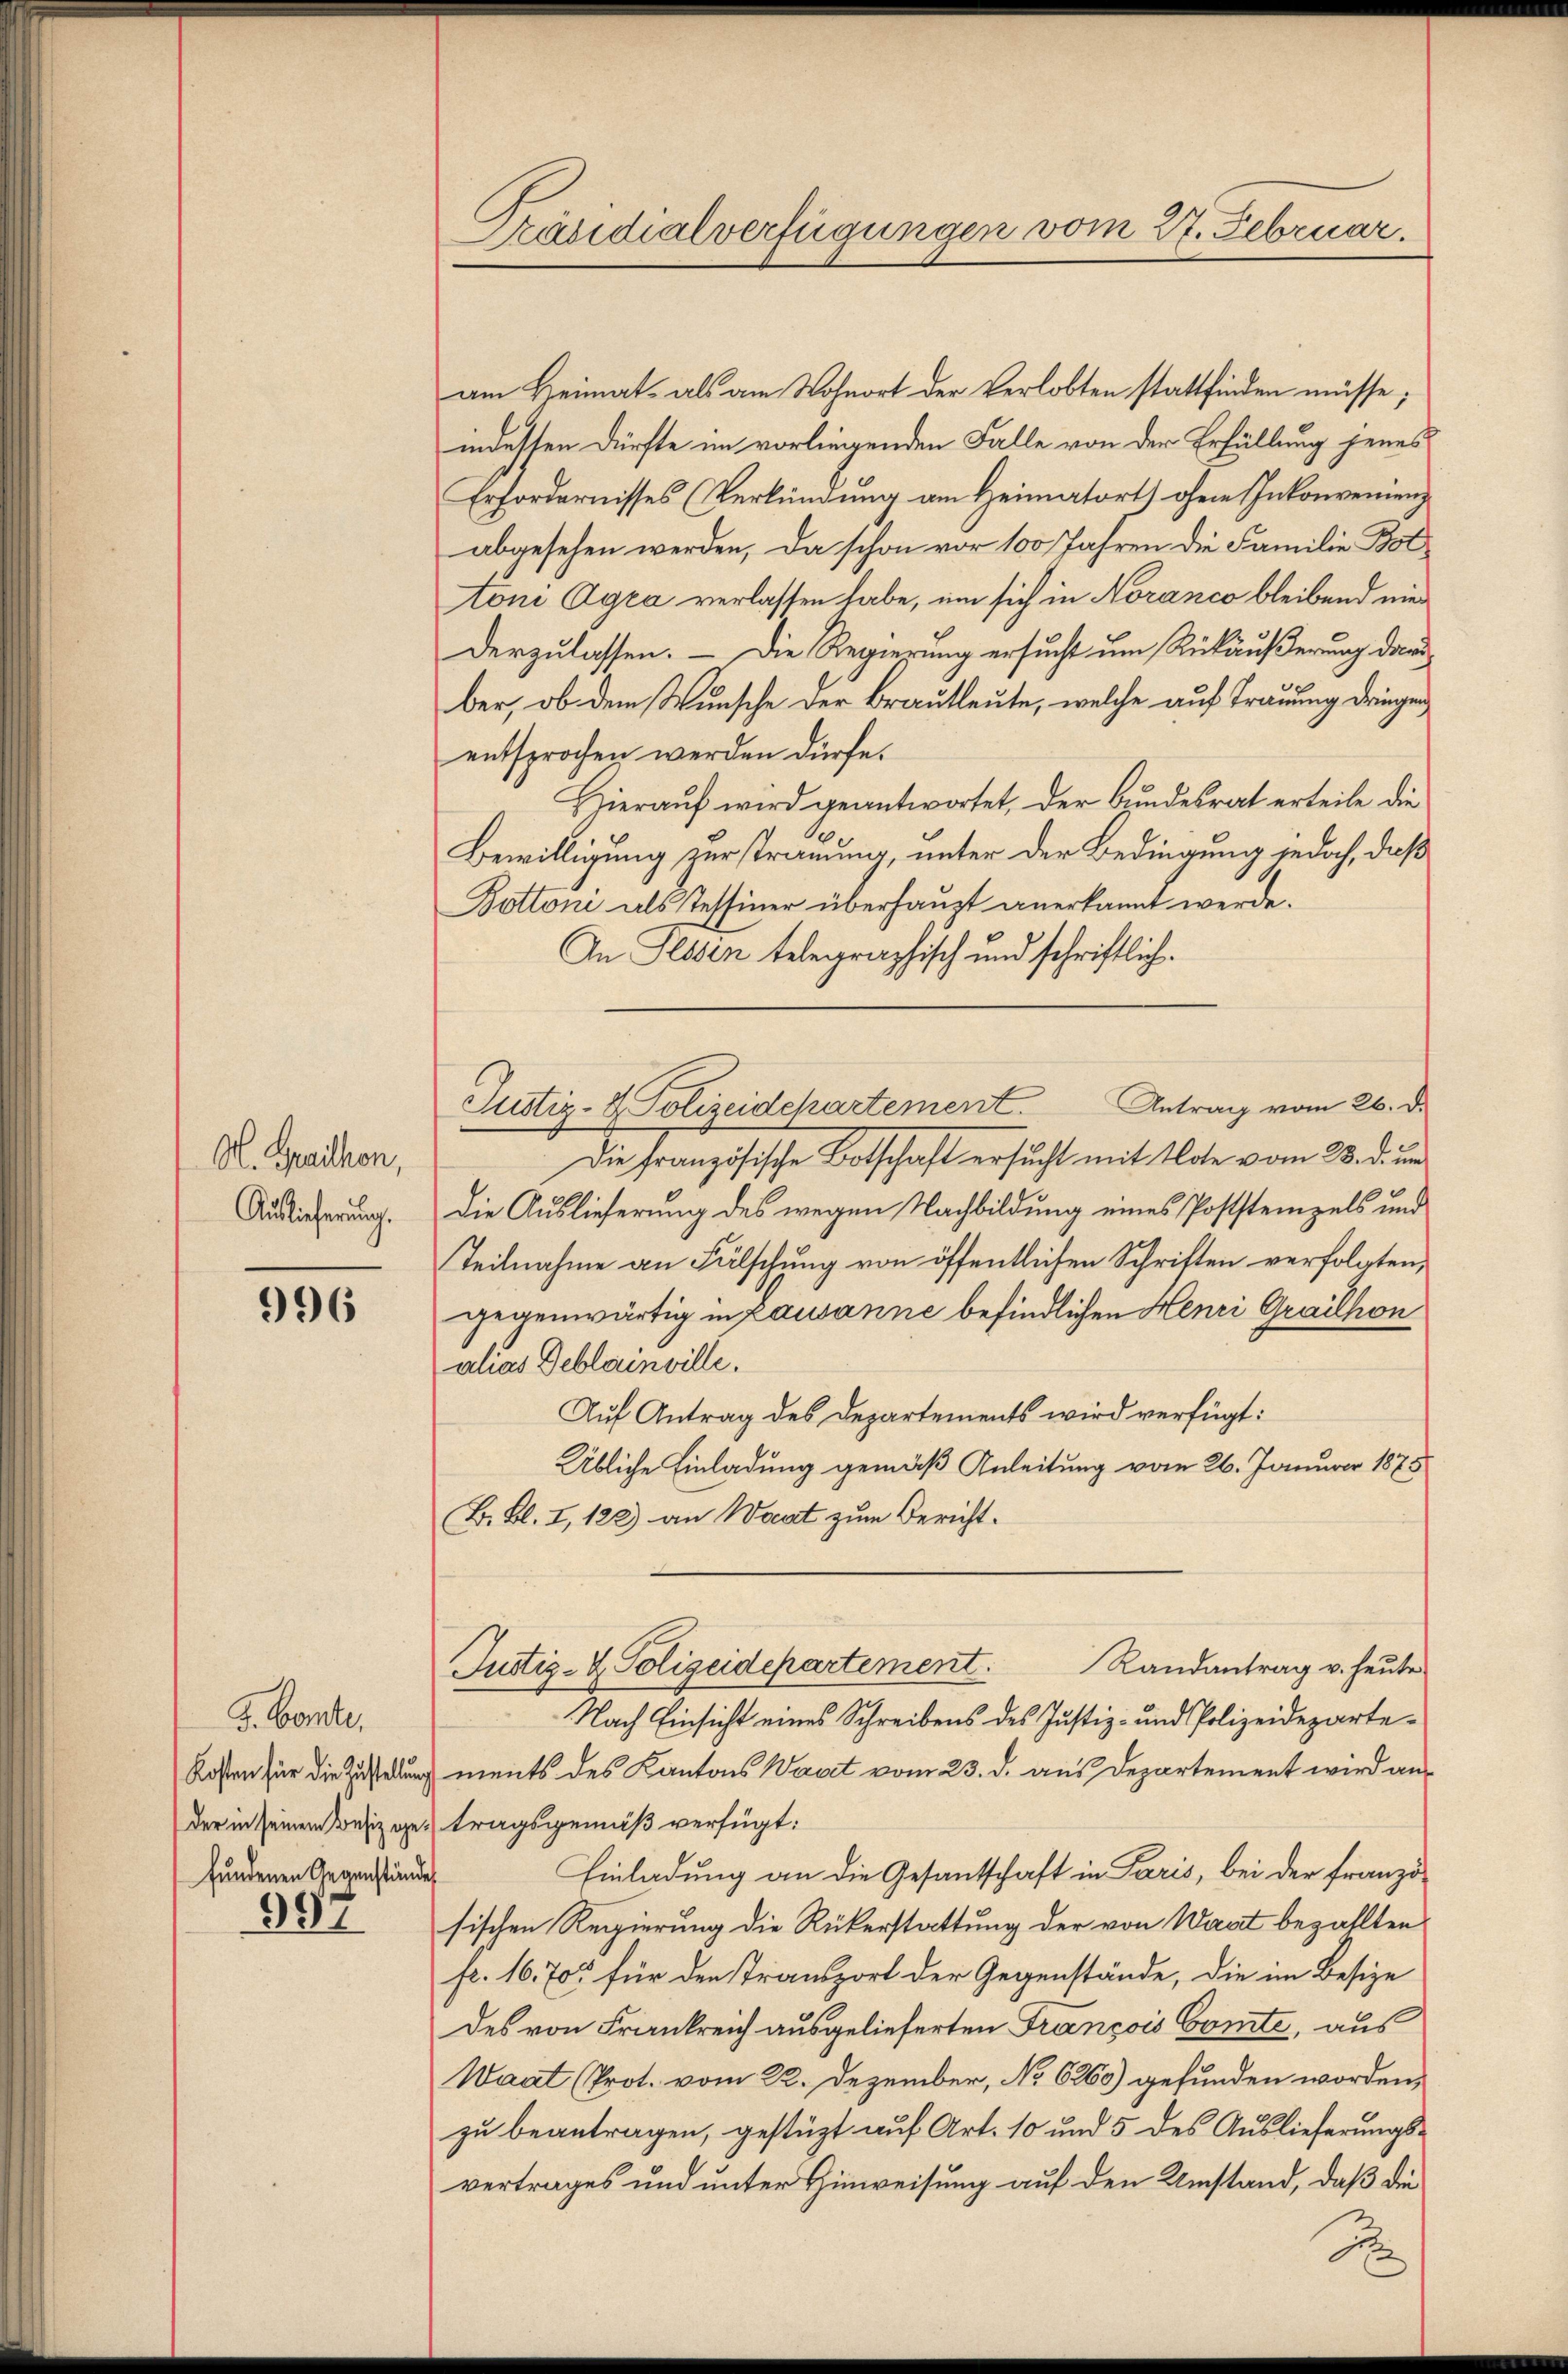
A. Graillon,
Auslieferung.

996

G. Comte.
Kosten für die Zustellung
der in seinem Besizege
fundenen Gegenständ

991

Präsidialverfügungen vom 27. Februar.

am Heimat, als am Wohnort der Verlobten stattfinden müsse;
indessen dürfte im vorliegenden Falle von der Erfüllung jenes
Erfordernisses (Verkündung am Heimatort) ohne Inkonvenienz
abgesehen werden, da schon vor 100 Jahren die Familie Bottoni Agra verlassen habe, um sich in Noranco bleibend mei
derzulassen. — Die Regierung ersucht um Rückäußerung darber, ob dem Wunsche der Brautleute, welche auf Trauung dringen
entsprochen werden dürfe.
Hieraŭf wird geantwortet, der Bundesrat erteile die
Bewilligung zur strauung, unter der Bedingung jedoch, daß
Bottoni als Tessiner überhaupt anerkannt werde.
An Plesen telegraphisch und schriftlich.
Die Französische Botschaft ersucht mit Note vom 28. d. un
Die Auslieferung des wegen Nachbildung eines Poststempels und
Teilnahme an Fälschung von öffentlichen Schriften verfolgten,
gegenwärtig in Lausanne befindlichen Henri Grailhon
alias Deblainville.
Auf Antrag des Departements wird verfügt:
Übliche Einladung gemäß Anleitung vom 26. Januar 1878
B. Bl. I, 122) an Waat zum Bericht¬
Justiz- & Polizeidepartement. Randantrag v. heŭte
Nach Einsicht eines Schreibens des Justiz- und Polizeidepartements des Kantons Wart vom 23. d. aus Departement wird antragsgemäß verfügt:
Einladung an die Gesandtschaft in Paris, bei der Französischen Regierung die Rükerstattung der von Waat bezahlten
fr. 16. 705 für den Transport der Gegenstände, die im Besize
des von Frankreich ausgelieferten François Comte, aus
Waat (Prot. vom 22. Dezember, No 6260) gefunden worden,
zu beantragen, gestützt auf Art. 10 und 5 des Auslieferungsvertrages und unter Hinweisung auf den Umstand, daß die

Justiz- & Polizeidchartement. Antrag vom 26. d.

J